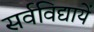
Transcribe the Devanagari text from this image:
सर्वविद्यायें